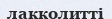
лакколитті